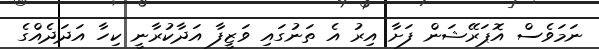
ނަމަވެސް އޮޕަރޭޝަން ފަށާ އިރު އެ ތަނުގައި ވަޒީފާ އަދާކުރާނީ ކިހާ އަދަދެއްގެ